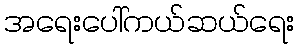
အရေးပေါ်ကယ်ဆယ်ရေး